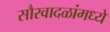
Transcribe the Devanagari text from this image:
सौरवादळांमध्ये